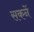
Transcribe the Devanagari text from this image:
सकनें